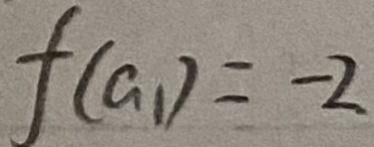
f ( a _ { 1 } ) = - 2